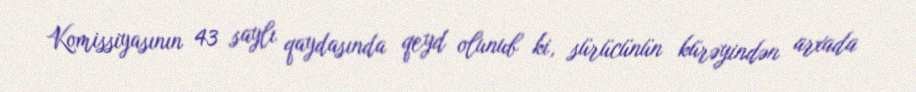
Komissiyasının 43 saylı qaydasında qeyd olunub ki, sürücünün kürəyindən arxada